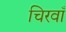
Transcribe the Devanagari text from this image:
चिरवाँ